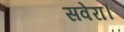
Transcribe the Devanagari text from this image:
सवेरा।